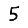
Digit: 5